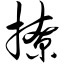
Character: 撩